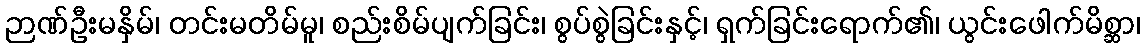
ဉာဏ်ဦးမနှိမ်၊ တင်းမတိမ်မူ၊ စည်းစိမ်ပျက်ခြင်း၊ စွပ်စွဲခြင်းနှင့်၊ ရှက်ခြင်းရောက်၏၊ ယွင်းဖေါက်မိစ္ဆာ၊